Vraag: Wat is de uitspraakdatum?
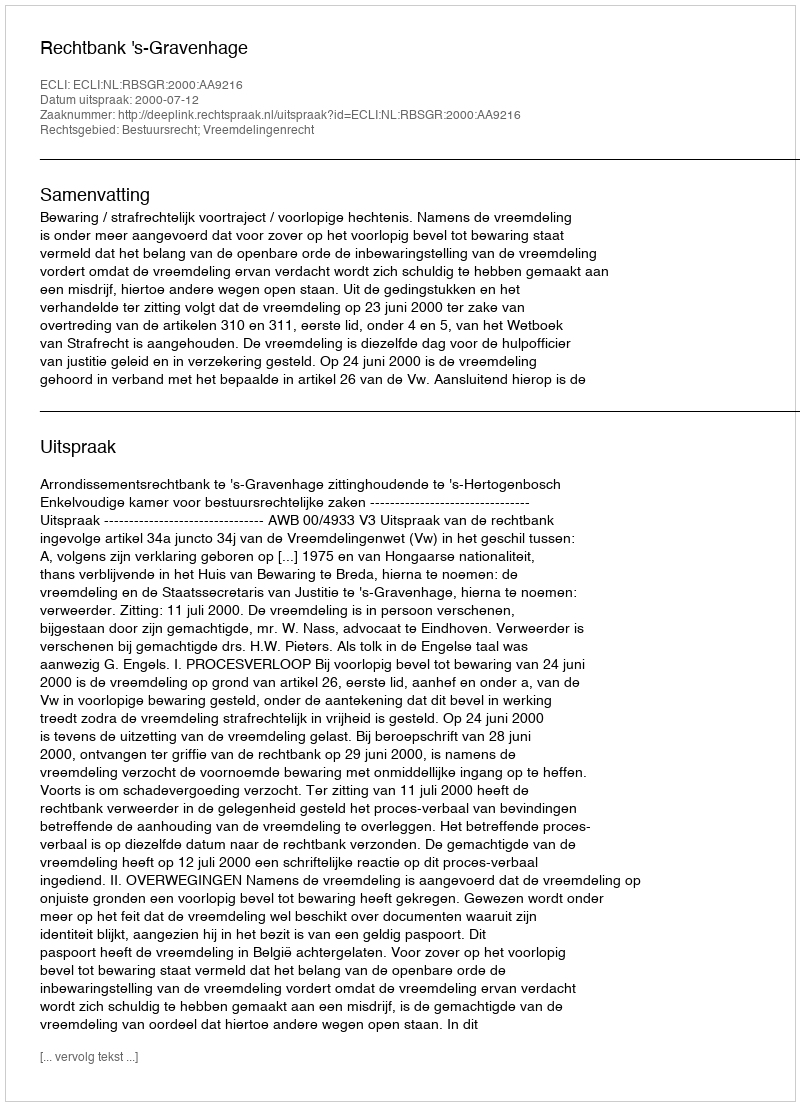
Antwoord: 2000-07-12